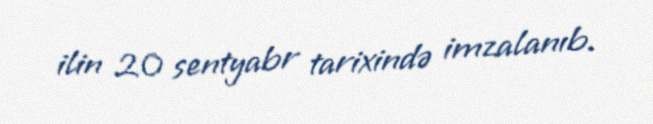
ilin 20 sentyabr tarixində imzalanıb.